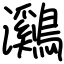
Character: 鸂